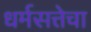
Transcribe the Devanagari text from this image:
धर्मसत्तेचा